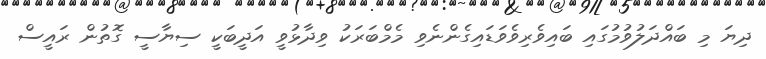
ދިޔަ މި ބައްދަލުވުމުގައި ބައިވެރިވެވަޑައިގެންނެވި މެމްބަރަކު ވިދާޅުވީ އަދީބަކީ ސިޔާސީ ގޮތުން ރައީސް